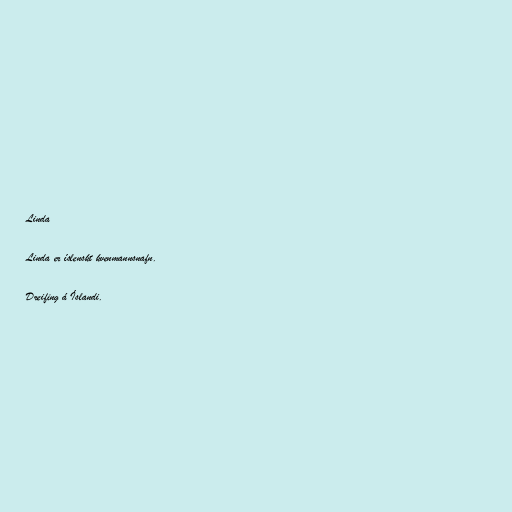
Linda

Linda er íslenskt kvenmannsnafn.

Dreifing á Íslandi.